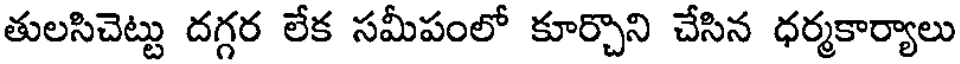
తులసిచెట్టు దగ్గర లేక సమీపంలో కూర్చొని చేసిన ధర్మకార్యాలు